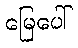
မြေပေါ်